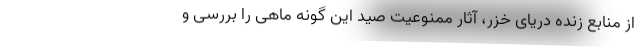
از منابع زنده دریای خزر، آثار ممنوعیت صید این گونه ماهی را بررسی و